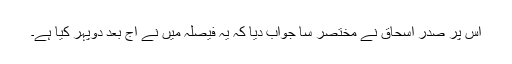
اس پر صدر اسحاق نے مختصر سا جواب دیا کہ یہ فیصلہ میں نے آج بعد دوپہر کیا ہے۔